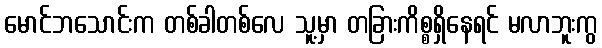
မောင်ဘသောင်းက တစ်ခါတစ်လေ သူ့မှာ တခြားကိစ္စရှိနေရင် မလာဘူးကွ